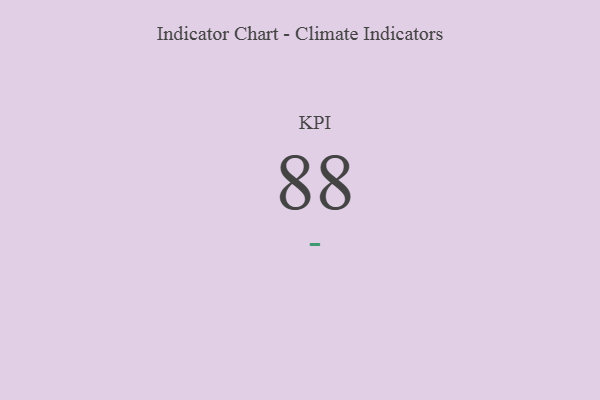
{"axis": {"x": "KPI", "y": "Value"}, "legend": [""], "data": [{"x": "KPI", "y": 88, "type": ""}]}